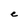
Character: e